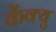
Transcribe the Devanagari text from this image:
केंक्यु